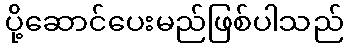
ပို့ဆောင်ပေးမည်ဖြစ်ပါသည်